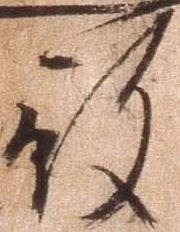
殿